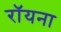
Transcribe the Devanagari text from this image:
रॉयना